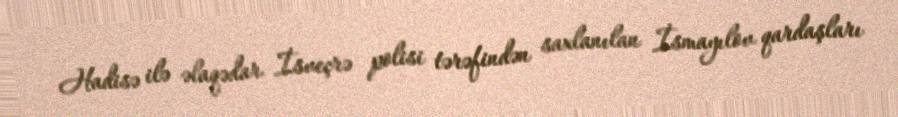
Hadisə ilə əlaqədar İsveçrə polisi tərəfindən saxlanılan İsmayılov qardaşları